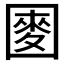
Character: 𫭑